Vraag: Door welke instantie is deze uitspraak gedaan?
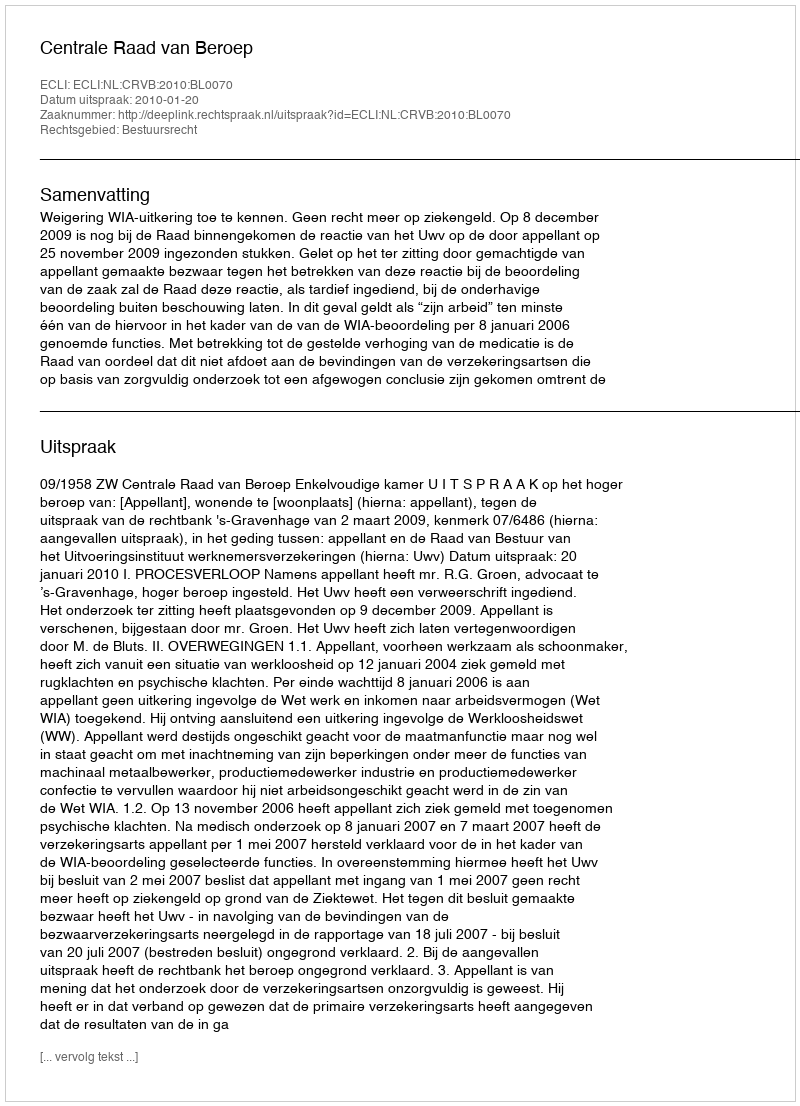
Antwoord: Centrale Raad van Beroep